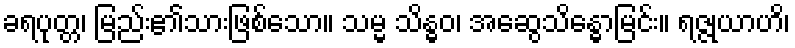
ခရပုတ္တ၊ မြည်း၏သားဖြစ်သော။ သမ္မ သိန္ဓဝ၊ အဆွေသိန္ဓောမြင်း။ ရဇ္ဇုယာဟိ၊